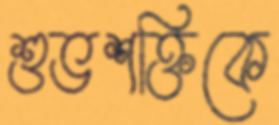
শুভশক্তিকে